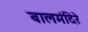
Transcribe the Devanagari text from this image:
बालमंदिरे